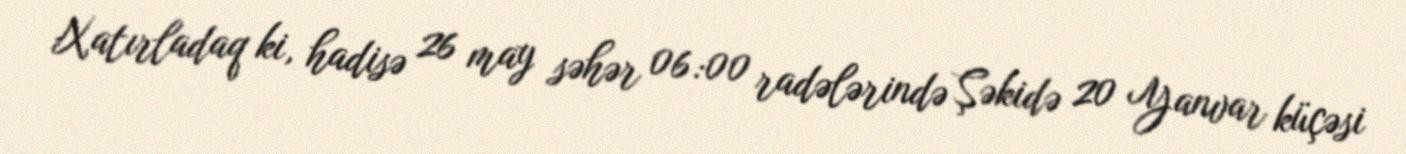
Xatırladaq ki, hadisə 26 may səhər 06:00 radələrində Şəkidə 20 Yanvar küçəsi